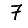
Digit: 7